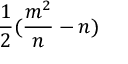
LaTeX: { \frac { 1 } { 2 } } ( { \frac { m ^ { 2 } } { n } } - n )